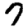
Digit: 7